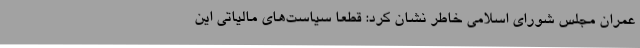
عمران مجلس شورای اسلامی خاطر نشان کرد: قطعا سیاست‌های مالیاتی این